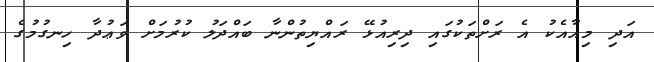
އަދި މިއާއެކު އެ ރަށްތަކުގައި ދިރިއުޅޭ ރައްޔިތުންނާ ބައްދަލު ކުރުމަށް ވަޢުދާ ހިނގުމުގެ